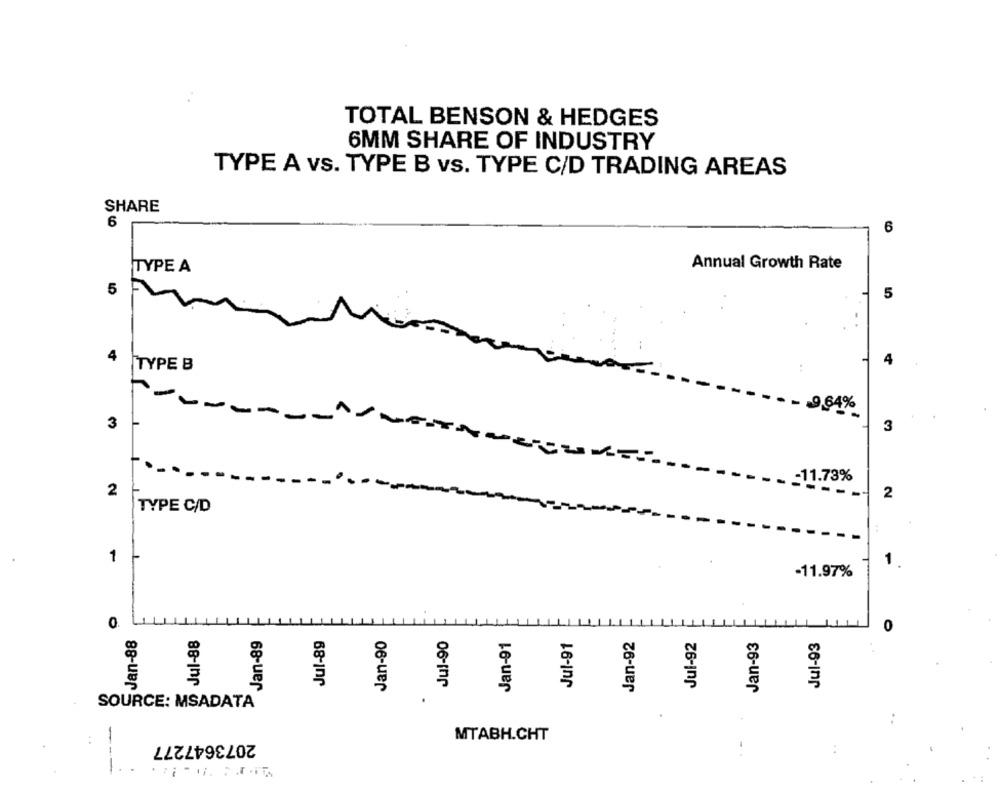
TOTAL BENSON & HEDGES
6MM SHARE OF INDUSTRY
TYPE A vs. TYPE B vs. TYPE C/D TRADING AREAS
SHARE
6
6
TYPE A
Annual Growth Rate
5
5
4
4
TYPE B
9.64%
3
3
-11.73%
2
2
TYPE C/D
1
-11.97%
0
Jan-88
Jul-88
Jan-89
Jul-89
Jan-90
Jul-90
Jan-92
Jul-92
Jan-93
0
Jan-91
Jul-91
Jul-93
SOURCE: MSADATA
---
2073647277
MTABH.CHT